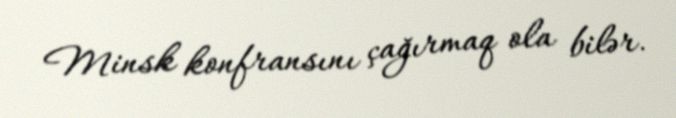
Minsk konfransını çağırmaq ola bilər.